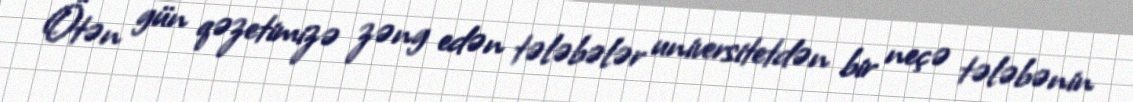
Ötən gün qəzetimizə zəng edən tələbələr universitetdən bir neçə tələbənin